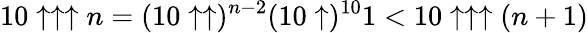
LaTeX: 10\uparrow\uparrow\uparrow n=(10\uparrow\uparrow)^{n-2}(10\uparrow)^{10}1<10\uparrow\uparrow\uparrow(n+1)